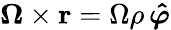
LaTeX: \boldsymbol{\Omega}\times\mathbf{r}=\Omega\rho\, \boldsymbol{\hat{\varphi}}